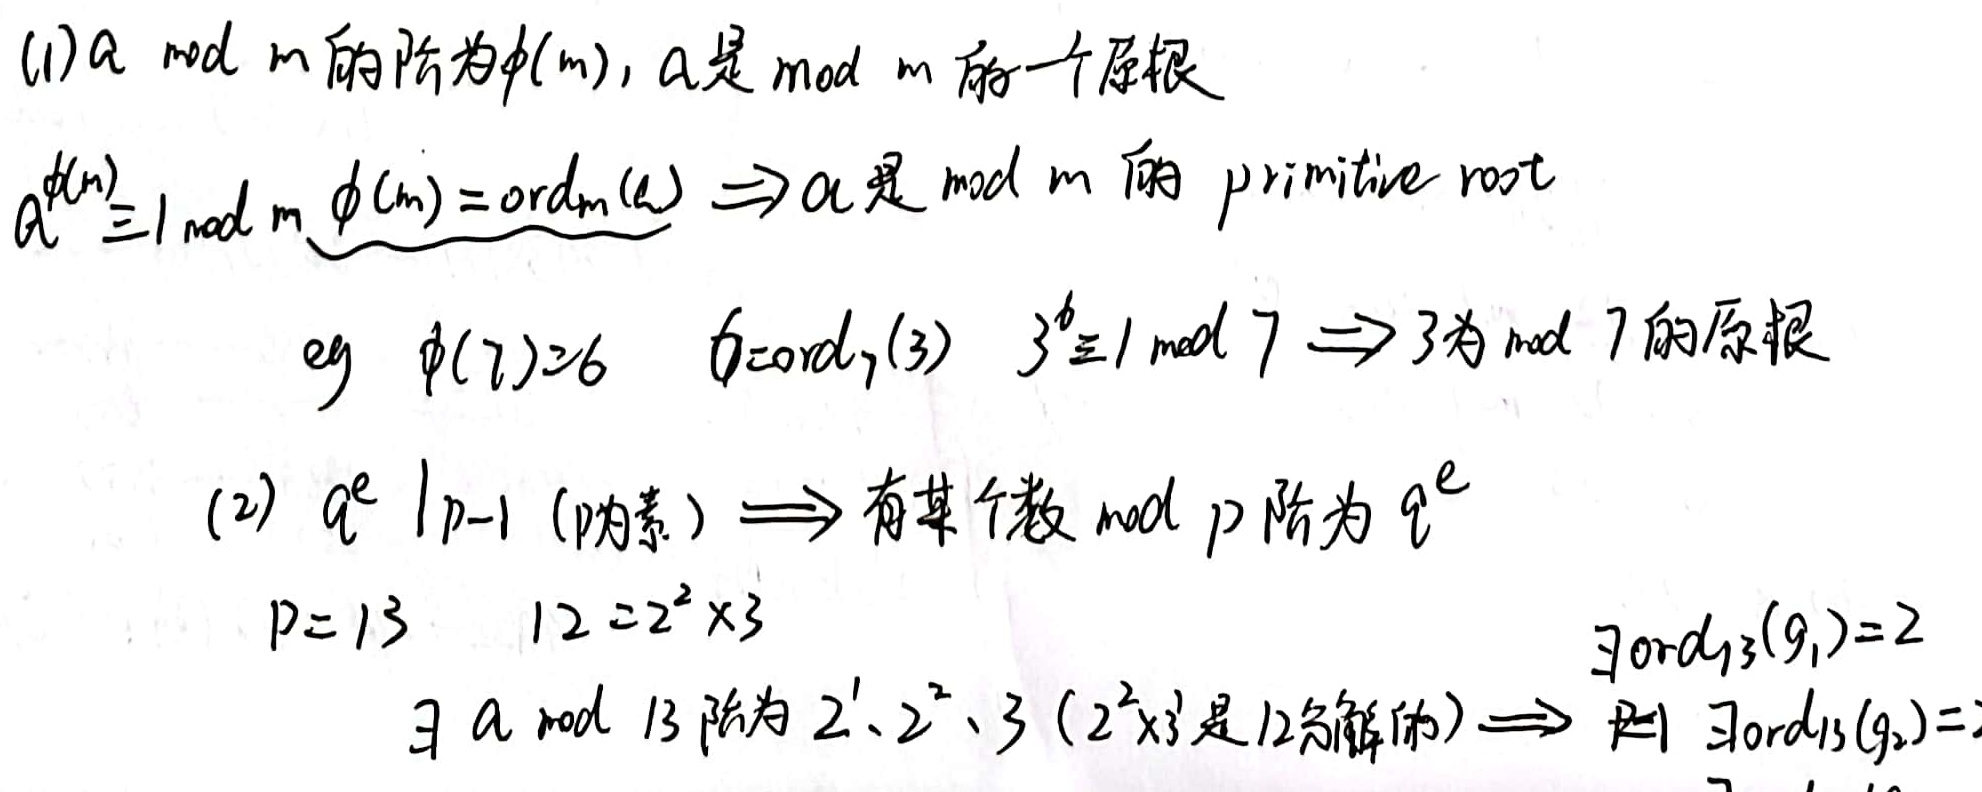
(1) 若\(a \bmod m\)的阶为\(\phi(m)\)，则\(a\)是\(\bmod m\)的一个原根。

\(a^{\phi(m)} \equiv 1 \bmod m\)，\(\underbrace{\phi(m)=\text{ord}_m(a)}_{\text{满足此条件}}\Rightarrow a\)是\(\bmod m\)的primitive root。

例如，\(\phi(7)=6\)，\(6 = \text{ord}_7(3)\)，\(3^6 \equiv 1 \bmod 7 \Rightarrow 3\)为\(\bmod 7\)的原根。

(2) 若\(q^e\mid p - 1\)（\(p\)为素数）\(\Longrightarrow\)有某个数\(\bmod p\)阶为\(q^e\)。

\(p = 13\)，\(12 = 2^2\times3\)，\(\exists a \bmod 13\)阶为\(2^1\)、\(2^2\)、\(3\)（\(2^2\times3\)是\(12\)分解的）\(\Rightarrow\) \(\exists\text{ord}_{13}(g_1)=2\) ，\(\exists\text{ord}_{13}(g_2)=\)